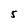
Character: 5